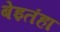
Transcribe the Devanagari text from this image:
बेइतंहा